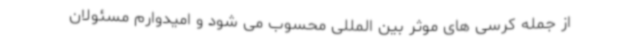
از جمله کرسی های موثر بین المللی محسوب می شود و امیدوارم مسئولان